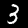
Label: 3